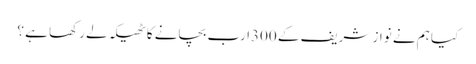
کیا ہم نے نواز شریف کے 300ارب بچانے کا ٹھیکہ لے رکھا ہے ؟